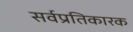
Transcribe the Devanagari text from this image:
सर्वप्रतिकारक